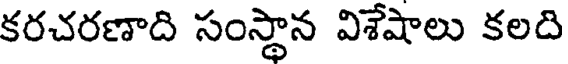
కరచరణాది సంస్థాన విశేషాలు కలది